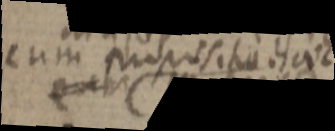
cum proposito haec